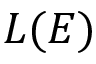
L ( E )